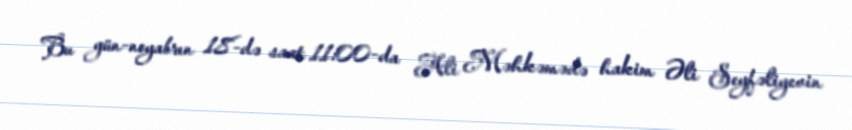
Bu gün-noyabrın 18-də saat 11:00-da Ali Məhkəmədə hakim Əli Seyfəliyevin